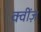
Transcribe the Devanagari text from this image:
क्वींज़